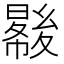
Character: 𡕺